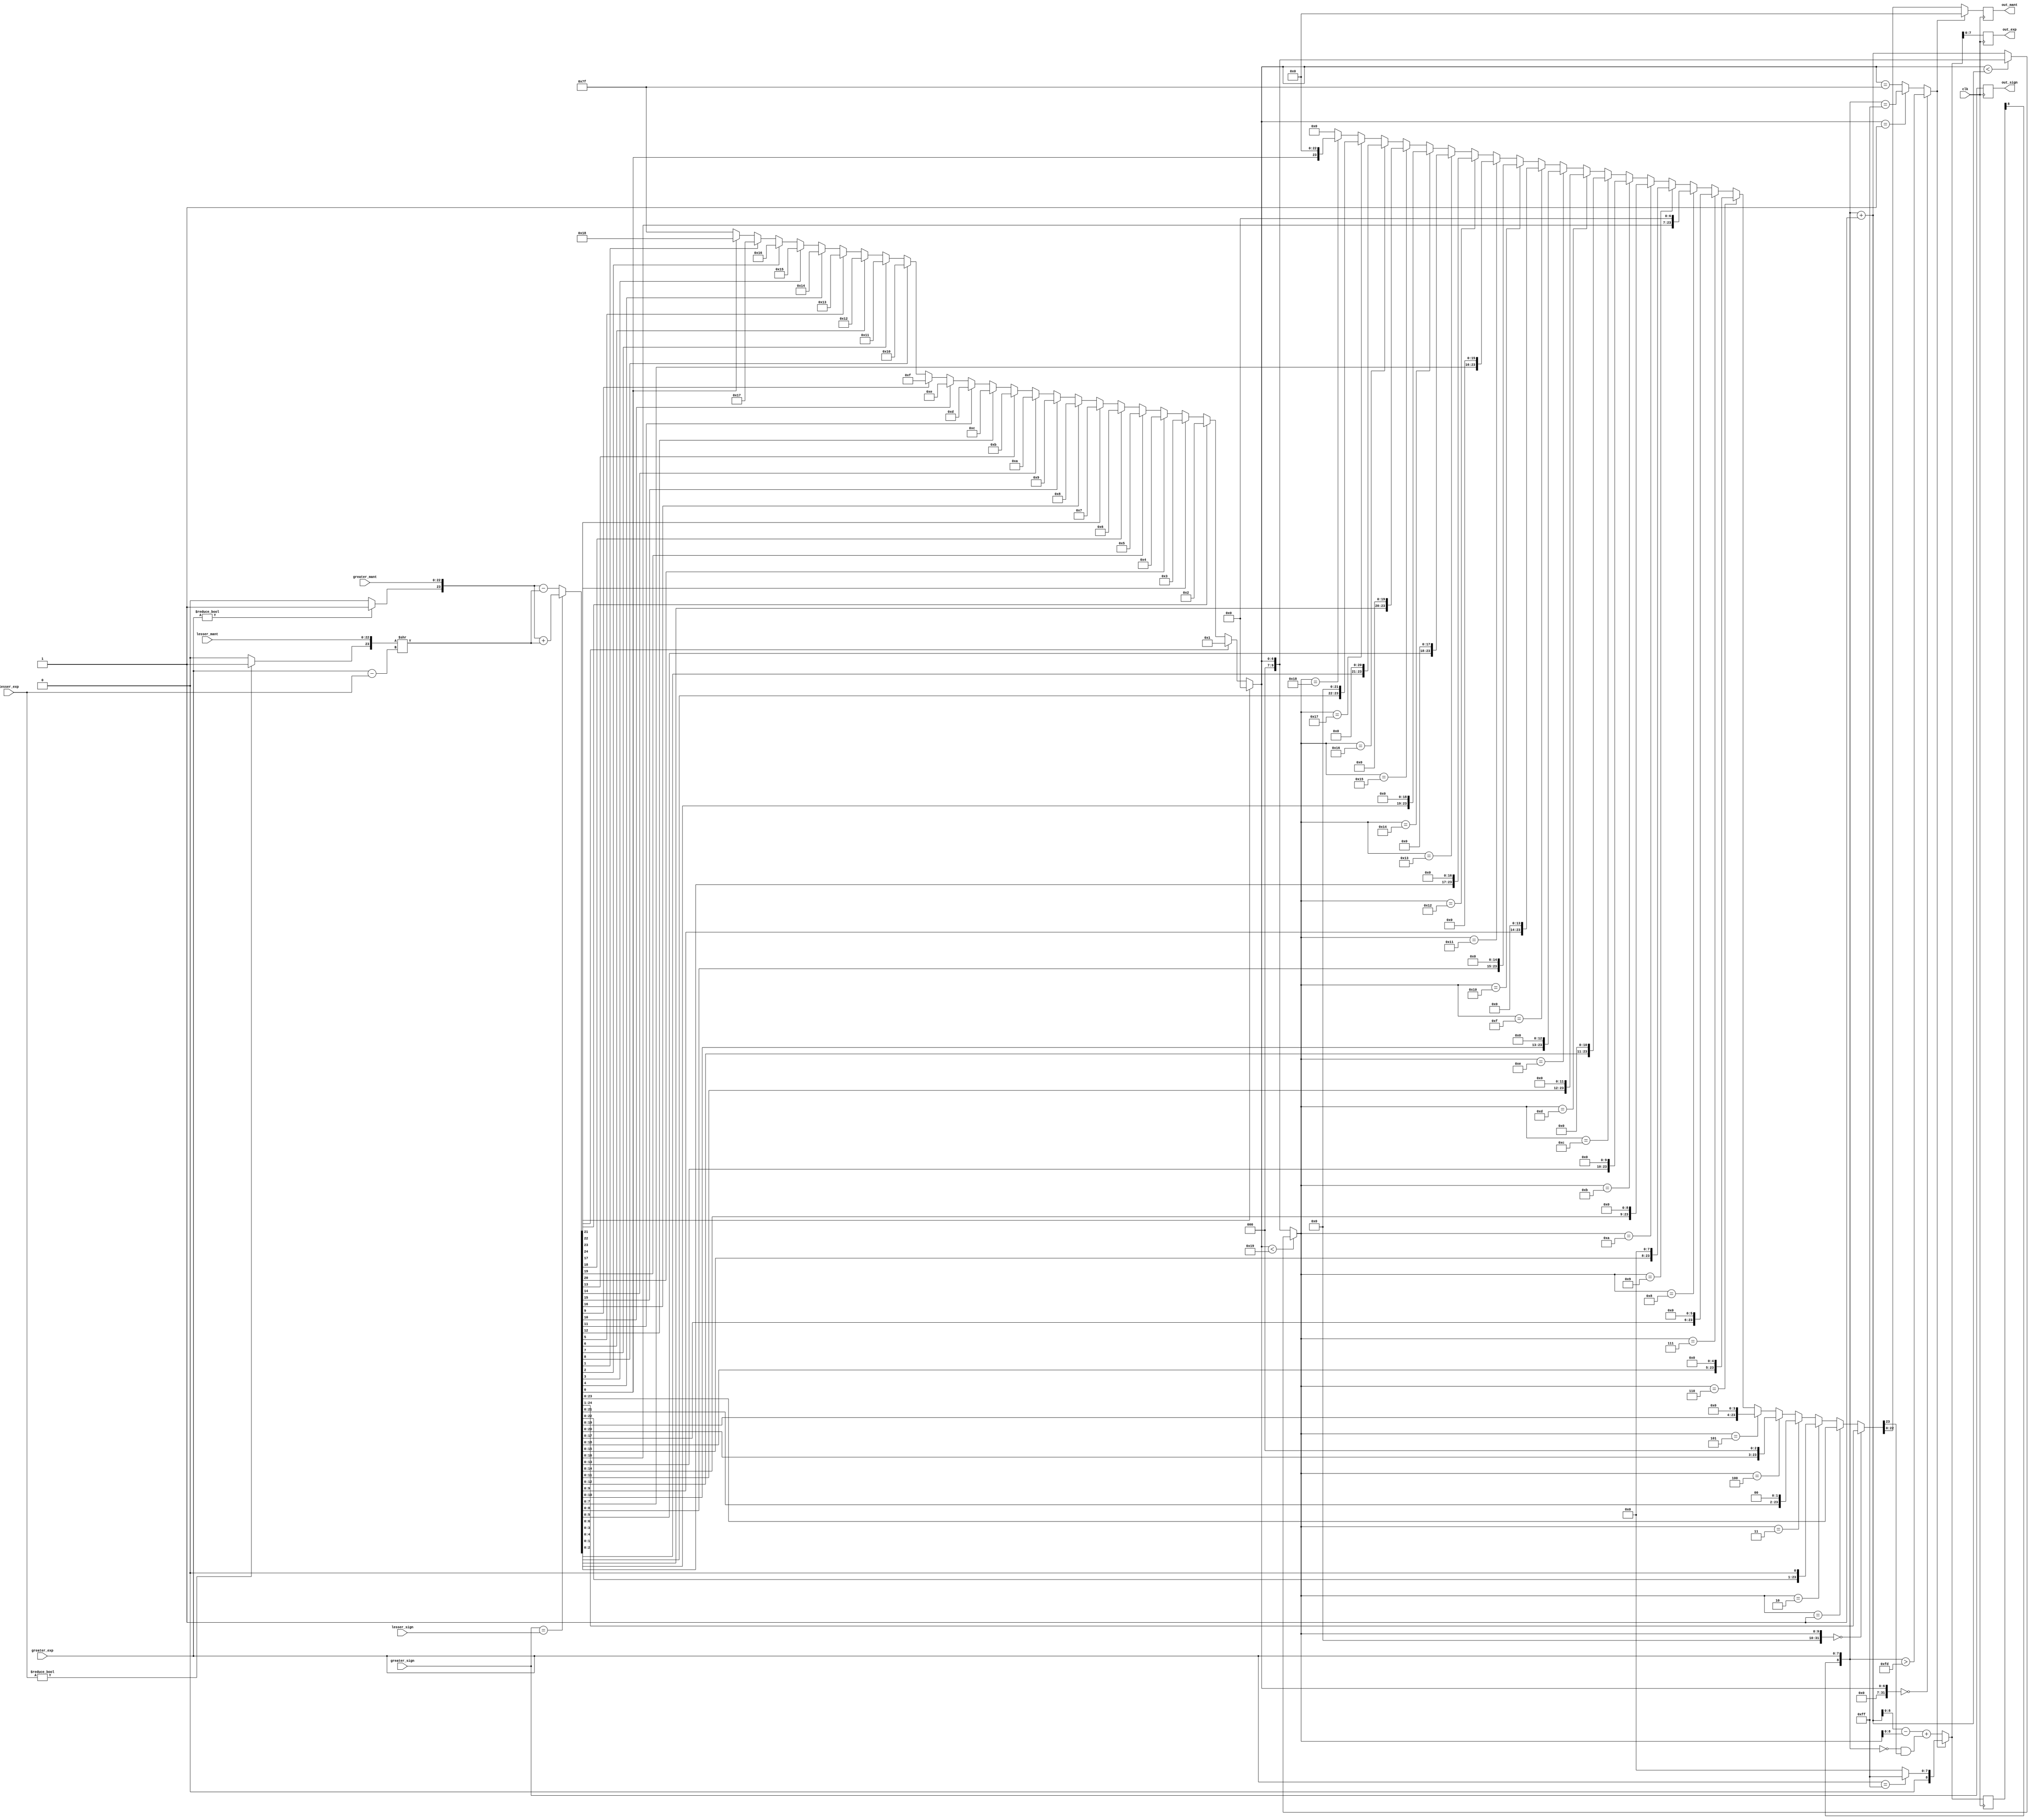
`timescale 1ns / 1ps

module MAC_32bit_adder(
input greater_sign, lesser_sign, output reg out_sign=0,
input [7:0] greater_exp, lesser_exp, output reg [7:0] out_exp=0,
input [22:0] greater_mant, lesser_mant, output reg [22:0] out_mant=0,
input clk
);
reg [24:0] inter_add=0;
reg [8:0] inter_exp=0;
integer diff=0;
reg all_0=1;

always@(posedge clk)
begin
out_sign=greater_sign;
inter_exp[7:0]=greater_exp;
inter_add= (greater_sign==lesser_sign)?({(greater_exp?2'b01:2'b00),greater_mant}+
({(lesser_exp?2'b01:2'b00),lesser_mant}>>(greater_exp-lesser_exp))):
({(greater_exp?2'b01:2'b00),greater_mant}-
({(lesser_exp?2'b01:2'b00),lesser_mant}>>(greater_exp-lesser_exp)));
diff= (inter_add[24])?0:(inter_add[23])?1:(inter_add[22])?2:(inter_add[21])?3:
(inter_add[20])?4:(inter_add[19])?5:(inter_add[18])?6:(inter_add[17])?7:
(inter_add[16])?8:(inter_add[15])?9:(inter_add[14])?10:(inter_add[13])?11:
(inter_add[12])?12:(inter_add[11])?13:(inter_add[10])?14:(inter_add[9])?15:
(inter_add[8])?16:(inter_add[7])?17:(inter_add[6])?18:(inter_add[5])?19:
(inter_add[4])?20:(inter_add[3])?21:(inter_add[2])?22:(inter_add[1])?23:
(inter_add[0])?24:127;
all_0= (diff==0)?(inter_exp>253):(diff==1)?(inter_exp==255):(diff==127);
diff= (diff<25)?((diff<(inter_exp+1))?diff:inter_exp+1):diff;
inter_add= (diff==0)?{1'b0,inter_add[24:1]}:(diff==1)?inter_add:
(diff==2)?{inter_add[23:0],1'd0}:(diff==3)?{inter_add[22:0],2'd0}:
(diff==4)?{inter_add[21:0],3'd0}:(diff==5)?{inter_add[20:0],4'd0}:
(diff==6)?{inter_add[19:0],5'd0}:(diff==7)?{inter_add[18:0],6'd0}:
(diff==8)?{inter_add[17:0],7'd0}:(diff==9)?{inter_add[16:0],8'd0}:
(diff==10)?{inter_add[15:0],9'd0}:(diff==11)?{inter_add[14:0],10'd0}:
(diff==12)?{inter_add[13:0],11'd0}:(diff==13)?{inter_add[12:0],12'd0}:
(diff==14)?{inter_add[11:0],13'd0}:(diff==15)?{inter_add[10:0],14'd0}:
(diff==16)?{inter_add[9:0],15'd0}:(diff==17)?{inter_add[8:0],16'd0}:
(diff==18)?{inter_add[7:0],17'd0}:(diff==19)?{inter_add[6:0],18'd0}:
(diff==20)?{inter_add[5:0],19'd0}:(diff==21)?{inter_add[4:0],20'd0}:
(diff==22)?{inter_add[3:0],21'd0}:(diff==23)?{inter_add[2:0],22'd0}:
(diff==24)?{inter_add[1:0],23'd0}:0;
inter_exp= inter_exp+1-diff+(!inter_exp&inter_add[23]);
inter_add= (all_0)?0:inter_add;
inter_exp= (all_0)?(greater_exp==255)?255:0:inter_exp;
out_mant= inter_add[22:0];
out_exp= inter_exp[7:0];
end

endmodule